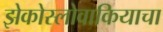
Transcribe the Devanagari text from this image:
झेकोस्लोवाकियाचा